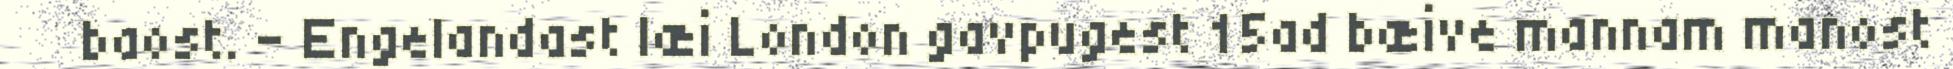
baost. – Engelandast læi London gavpugest 15ad bæive mannam manost